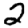
Digit: 2